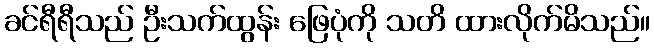
ခင်ရီရီသည် ဦးသက်ထွန်း ဖြေပုံကို သတိ ထားလိုက်မိသည်။